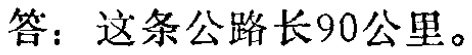
答：这条公路长90公里。